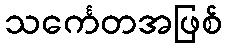
သင်္ကေတအဖြစ်